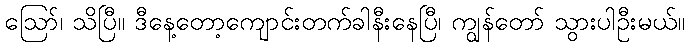
ဪ၊ သိပြီ။ ဒီနေ့တော့ကျောင်းတက်ခါနီးနေပြီ၊ ကျွန်တော် သွားပါဦးမယ်။